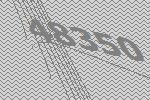
48350